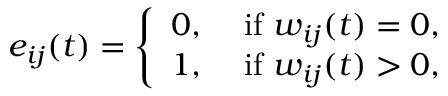
e _ { i j } ( t ) = \left\{ \begin{array} { l l } { 0 , \ } & { { \mathrm { i f } } \ w _ { i j } ( t ) = 0 , } \\ { 1 , \ } & { { \mathrm { i f } } \ w _ { i j } ( t ) > 0 , } \end{array} \right.